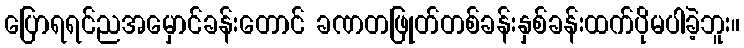
ပြောရရင်ညအမှောင်ခန်းတောင် ခဏတဖြုတ်တစ်ခန်းနှစ်ခန်းထက်ပိုမပါခဲ့ဘူး။